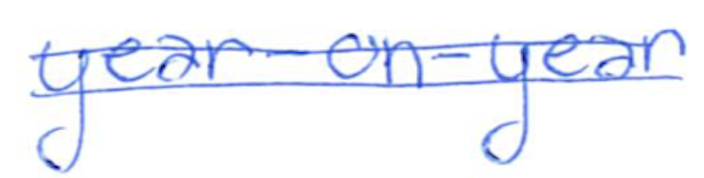
Text: year-on-year
Cross-out: double-line
Writing tool: ballpoint